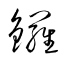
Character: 鑼